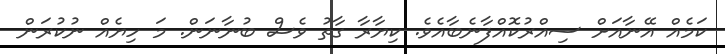
ކަމެއް އޭނާއަށް ސިއްރުކޮއްފާނެބާއެވެ. ކިޔާރާ ގާތު ވެސް ބުނާނަން. މަ ހިޔެއް ނުކުރަން